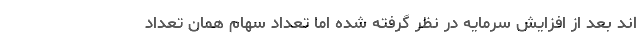
اند بعد از افزایش سرمایه در نظر گرفته شده اما تعداد سهام همان تعداد